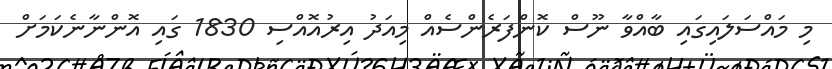
މި މައްސަލައިގައި ބާއްވާ ނޫސް ކޮންފަރެންސެއް މިއަދު އިރުއޮއްސި 1830 ގައި އޮންނާނެކަމަށް